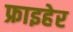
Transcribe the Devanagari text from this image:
फ्राइहेर